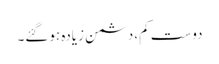
دوست کم، دشمن زیادہ ہوگئے۔